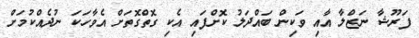
ފަރޫޝާ ނަޒްލާ އާއި ވަކިން ބައްދަލު ކޮށްފައި އެކި ގޮތްގޮތަށް އެވާހަކަ ނުދެއްކުމަށް